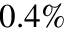
0 . 4 \%